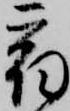
宿